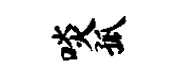
啖孤